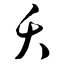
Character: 夭